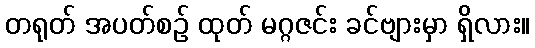
တရုတ် အပတ်စဉ် ထုတ် မဂ္ဂဇင်း ခင်ဗျားမှာ ရှိလား။